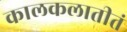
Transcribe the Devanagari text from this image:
कालकलातीतं